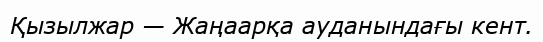
Қызылжар — Жаңаарқа ауданындағы кент.